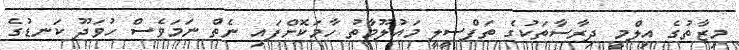
މިޒާތުގެ އިލްމީ ދިރާސާތަކުގެ ތަފްސީލީ މައުލޫމާތު ހާމަކޮށްފައި ނެތް ނަމަވެސް ހުވަދޫ ކަނޑުގެ